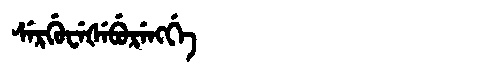
Manchu: ᠰᡝᡵᡤᡠᠸᡝᡧᡝᠪᡠᡵᡝᠩᡤᡝ
Romanization: SERGUWEŠEBURENGGE